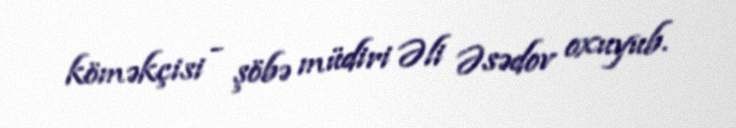
köməkçisi - şöbə müdiri Əli Əsədov oxuyub.